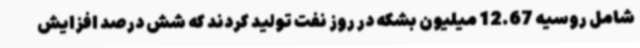
شامل روسیه 12.67 میلیون بشکه در روز نفت تولید کردند که شش درصد افزایش